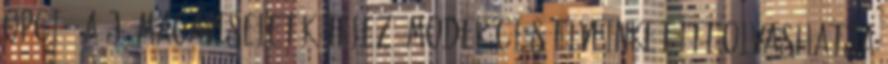
opció, a jó magaviselet kötelező Moderációs elveinket itt olvashatja